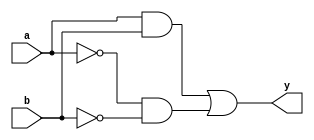
module assign_example(
    input wire a,
    input wire b,
    output reg y
);

assign y = (a & b) | (~a & ~b);

endmodule